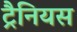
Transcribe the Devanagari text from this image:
ट्रैनियस